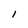
Character: I